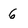
Character: 6